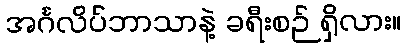
အင်္ဂလိပ်ဘာသာနဲ့ ခရီးစဉ် ရှိလား။